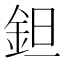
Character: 鉭